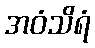
အဝံသိရံ